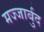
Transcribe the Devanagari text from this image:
मज्जार्बुद